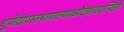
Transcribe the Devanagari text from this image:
धूपोदीपस्तथामाल्यमर्घ्यंदेयंत्वरान्वितैः